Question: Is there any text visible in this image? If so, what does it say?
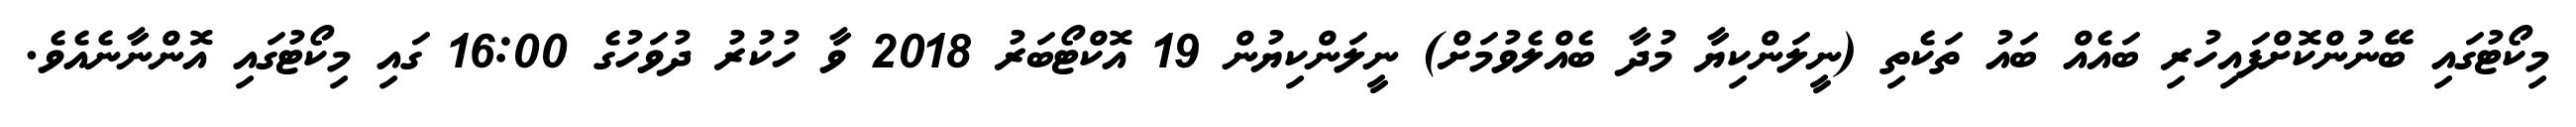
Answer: މިކޯޓުގައި ބޭނުންކޮށްފައިހުރި ބައެއް ބައު ތަކެތި (ނީލަންކިޔާ މުދާ ބެއްލެވުމަށް) ނީލަންކިޔުން 19 އޮކްޓޯބަރު 2018 ވާ ހުކުރު ދުވަހުގެ 16:00 ގައި މިކޯޓުގައި އޮންނާނެއެވެ.